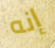
إنه